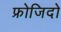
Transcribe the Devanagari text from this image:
फ्रोजिदो